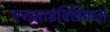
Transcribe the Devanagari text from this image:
एनसाइक्लिकल